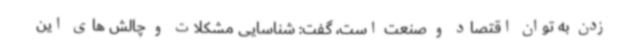
زدن به توان اقتصاد و صنعت است، گفت: شناسایی مشکلات و چالش های این